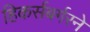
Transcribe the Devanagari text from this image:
हिकर्सबर्गरने